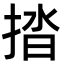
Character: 㧺